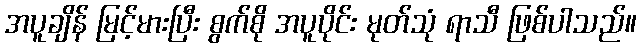
အပူချိန် မြင့်မားပြီး စွက်စို အပူပိုင်း မုတ်သုံ ရာသီ ဖြစ်ပါသည်။